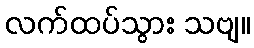
လက်ထပ်သွား သဗျ။